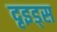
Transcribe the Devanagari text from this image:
दृइड्स